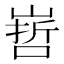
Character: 𭗀